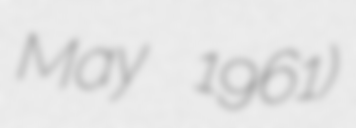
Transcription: May 1961)